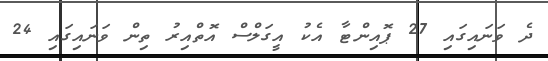
ދެ ވަނައިގައި 27 ޕޮއިންޓާ އެކު އީގަލްސް އޮތްއިރު ތިން ވަނައިގައި 24